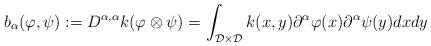
LaTeX: \begin{align*}b_{\alpha}(\varphi,\psi) := D^{\alpha,\alpha}k(\varphi\otimes\psi) = \int_{\mathcal{D}\times\mathcal{D}}k(x,y)\partial^{\alpha}\varphi(x)\partial^{\alpha}\psi(y)dxdy\end{align*}